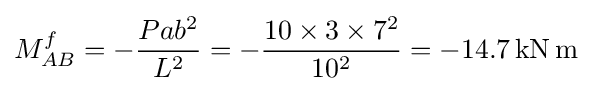
M_{AB}^{f}=-{\frac {Pab^{2}}{L^{2}}}=-{\frac {10\times 3\times 7^{2}}{10^{2}}}=-14.7\mathrm {\,kN\,m}